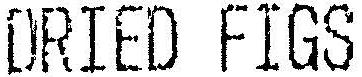
DRIED FIGS